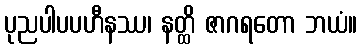
ပုညပါပပဟီနဿ၊ နတ္ထိ ဇာဂရတော ဘယံ။